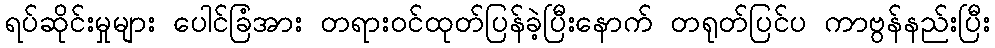
ရပ်ဆိုင်းမှုများ ပေါင်ခြံအား တရားဝင်ထုတ်ပြန်ခဲ့ပြီးနောက် တရုတ်ပြင်ပ ကာဗွန်နည်းပြီး